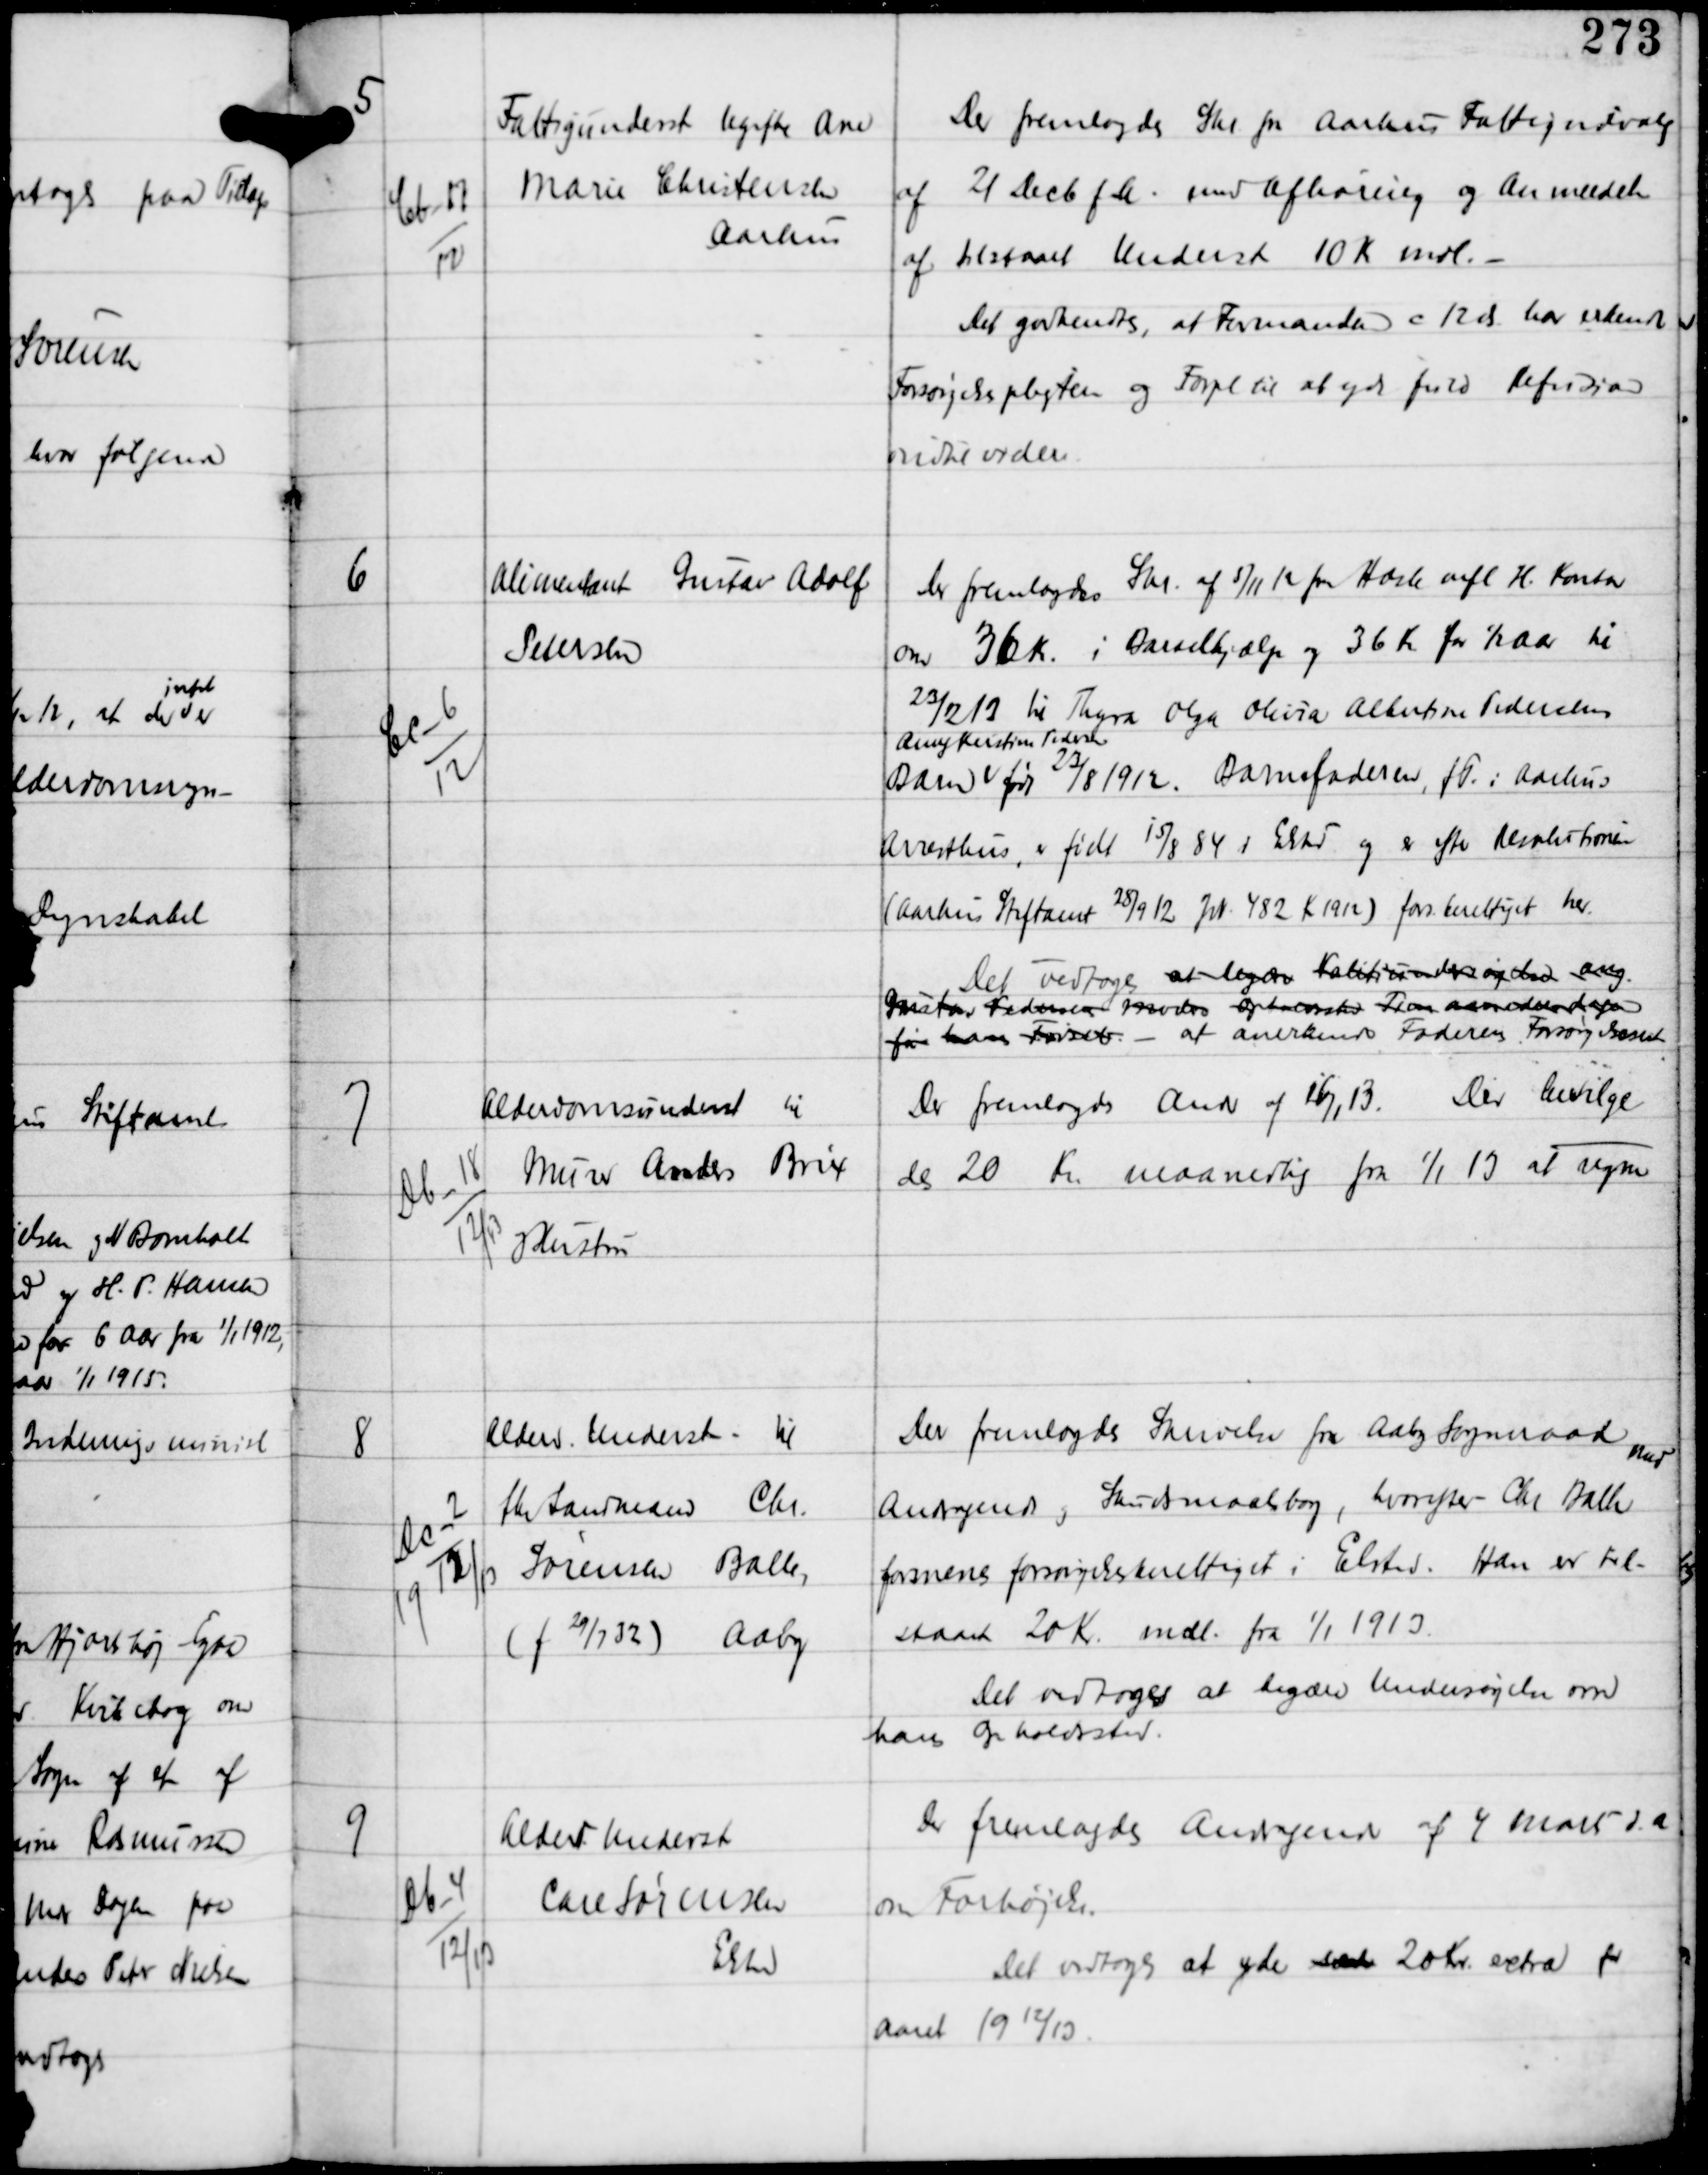
Transskription:
5

Cb-17
12

Fattigunderst Ugifte Ane
Marie Christensen
Aarhus

Der fremlagdes Skr fra Aarhus Fattigudvalg
af 21 Decb f.A. med Afhøring og Anmeldelse
af tilstaaet Underst 10 Kr mdl. -
Det godkendtes, at Formanden c 12 ds har erkendt
Forsørgelsespligten og Forpl til at yde fuld Refusion
indtil videre

6

Cc-6
12

Alimentant Gustav Adolf
Petersen

Der fremlagdes Skr af 5/11 12 fra Hasle mfl H. Kontor
om 36 Kr i Barselhjælp og 36 Kr for ½ Aar til
23/2 12 til Thyra Olga Olivia Albertine Pedersens
Barn
Anny Kristine Pedersen
født 23/8 1912. Barnefaderen fT i Aarhus
Arresthus er født 15/8 84 i Elsted og er efter Resolutionen
(Aarhus Stiftamt 28/9 12 Jsk 482 Kr 1912) fors berettiget her.
Det vedtoges at tegne valitionsundersøgelse ang
Gustav Pedersen mod opxxxx Tionsundersøgelse
før hans Fødsel. - at anerkende Faderens Forsørgelsespligt

7

Db-18
12/13

Alderdomsunderst til
Murer Anders Brix
og Hustru

Der fremlagdes Andr af 16/1 13. Der bevilge-
des 20 Kr maanedlig fra 1/1 13 at regne

8

Dc-2
1912/
13

Alderd Underst - til
fhv Landmand Chr
Sørensen Balle,
(f 29/7 32) Aaby

Der fremlagdes Skrivelse fra Aaby Sogneraad med
Andragende og Skudsmaalsbog, hvorefter Chr Balle
formenes forsørgelsesberettiget i Elsted. Han er til-
staaet 20 Kr mdl fra 1/1 1913.
Det vedtoges at begære Undersøgelse om
hans Opholdssted.

9

Db-4
12/13

Alderd Underst
Carl Sørensen
Elsted

Der fremlagdes Andragende af 4 Marts d.A.
om Forhøjelse.
Det vedtoges at yde xxx 20 Kr extra for
Aaret 1912/13.